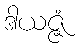
ဒါယဇ္ဇံ